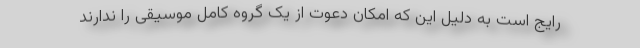
رایج است به دلیل این که امکان دعوت از یک گروه کامل موسیقی را ندارند